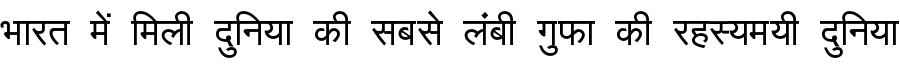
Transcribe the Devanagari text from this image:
भारत में मिली दुनिया की सबसे लंबी गुफा की रहस्यमयी दुनिया